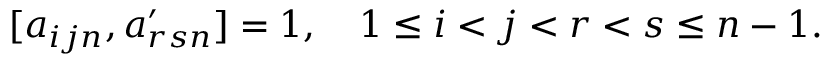
[ a _ { i j n } , a _ { r s n } ^ { \prime } ] = 1 , \quad 1 \le i < j < r < s \le n - 1 .